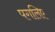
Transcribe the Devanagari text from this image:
पगलिए